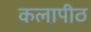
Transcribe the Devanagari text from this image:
कलापीठ